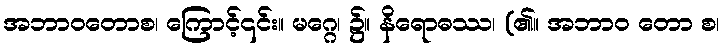
အဘာဝတောစ၊ ကြောင့်၎င်း။ မဂ္ဂေ၊ ၌။ နိရောဓဿ၊ (၏။ အဘာဝ တော စ၊